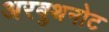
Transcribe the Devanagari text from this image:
अरबुथनोट